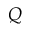
Q